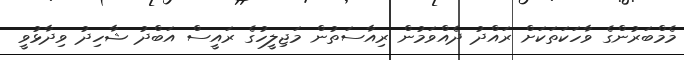
މެމްބަރުންގެ ވާހަކަތަކަށް ރައްދު ދެއްވަމުން ރިއާސަތުން މަޖިލީހުގެ ރައީސް އަބްދު ޝާހިދު ވިދާޅުވީ